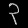
Digit: ၃